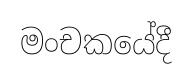
මංචකයේදී